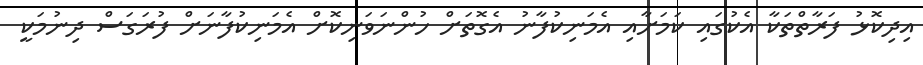
އިދިކޮޅު ފަރާތްތަކާ އެކުގައި ކަމަށާއި އެމަނިކުފާނު އެގޮތަށް ހުންނަވަނިކޮށް އެމަނިކުފާނަށް ފުރަގަސް ދިނުމަކީ